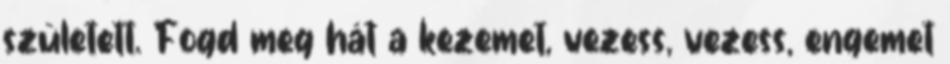
született. Fogd meg hát a kezemet, vezess, vezess, engemet